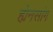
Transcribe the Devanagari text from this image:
ह्येनसांग